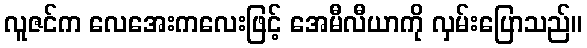
လူဇင်က လေအေးကလေးဖြင့် အေမီလီယာကို လှမ်းပြောသည်။